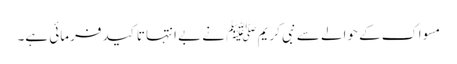
مسواک کے حوالے سے نبی کریم ﷺ نے بے انتہا تاکید فرمائی ہے۔